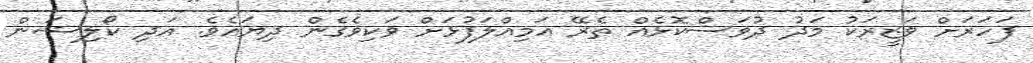
ފަހަރަށް ވަޒީރަކު މަދު ދުވަސްކޮޅެއް ތެރޭ އަމިއްލަފުޅަށް ވަކިވެގެން ދިޔައެވެ. އަދި ކޯލިޝަން